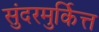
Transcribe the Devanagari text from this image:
सुंदरमुर्कित्त